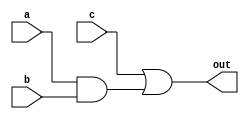
module delay(out,a,b,c);
output out;
input a,b,c;
and a1(n1,a,b);
or o1(out,c,n1);
specify
(a=>out)=2;
(b=>out)=3;
(c=>out)=1;
endspecify
endmodule